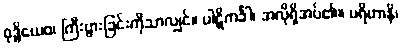
ဝုဒ္ဓိယေဝ၊ ကြီးပွားခြင်းကိုသာလျှင်။ ပါဋိကင်္ခါ၊ အလိုရှိအပ်၏။ ပရိဟာနိ၊